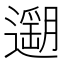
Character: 𨗽